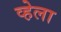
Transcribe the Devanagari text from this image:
व्हेला